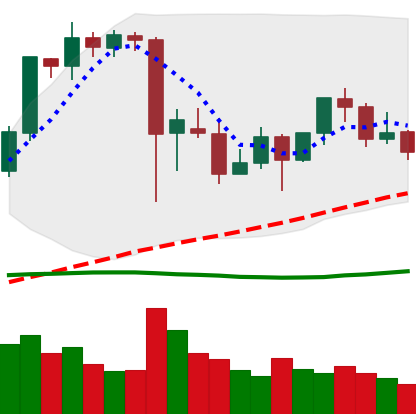
Ticker: ETH-USD
Chart end date: 2021-09-19
Forward return: -11.947%
Label: down_7plus